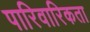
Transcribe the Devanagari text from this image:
पारिवारिकता